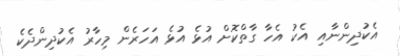
އެކުދިންނާއި އެކު އެހާ ގާތްކޮށް އުޅެ އުޅެ އަހަރެން މިހާރު އެކުދިންދެކެ